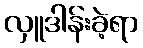
လှူဒါန်းခဲ့ရာ